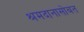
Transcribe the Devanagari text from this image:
श्रमदानासोबत